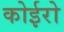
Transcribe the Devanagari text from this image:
कोईरो